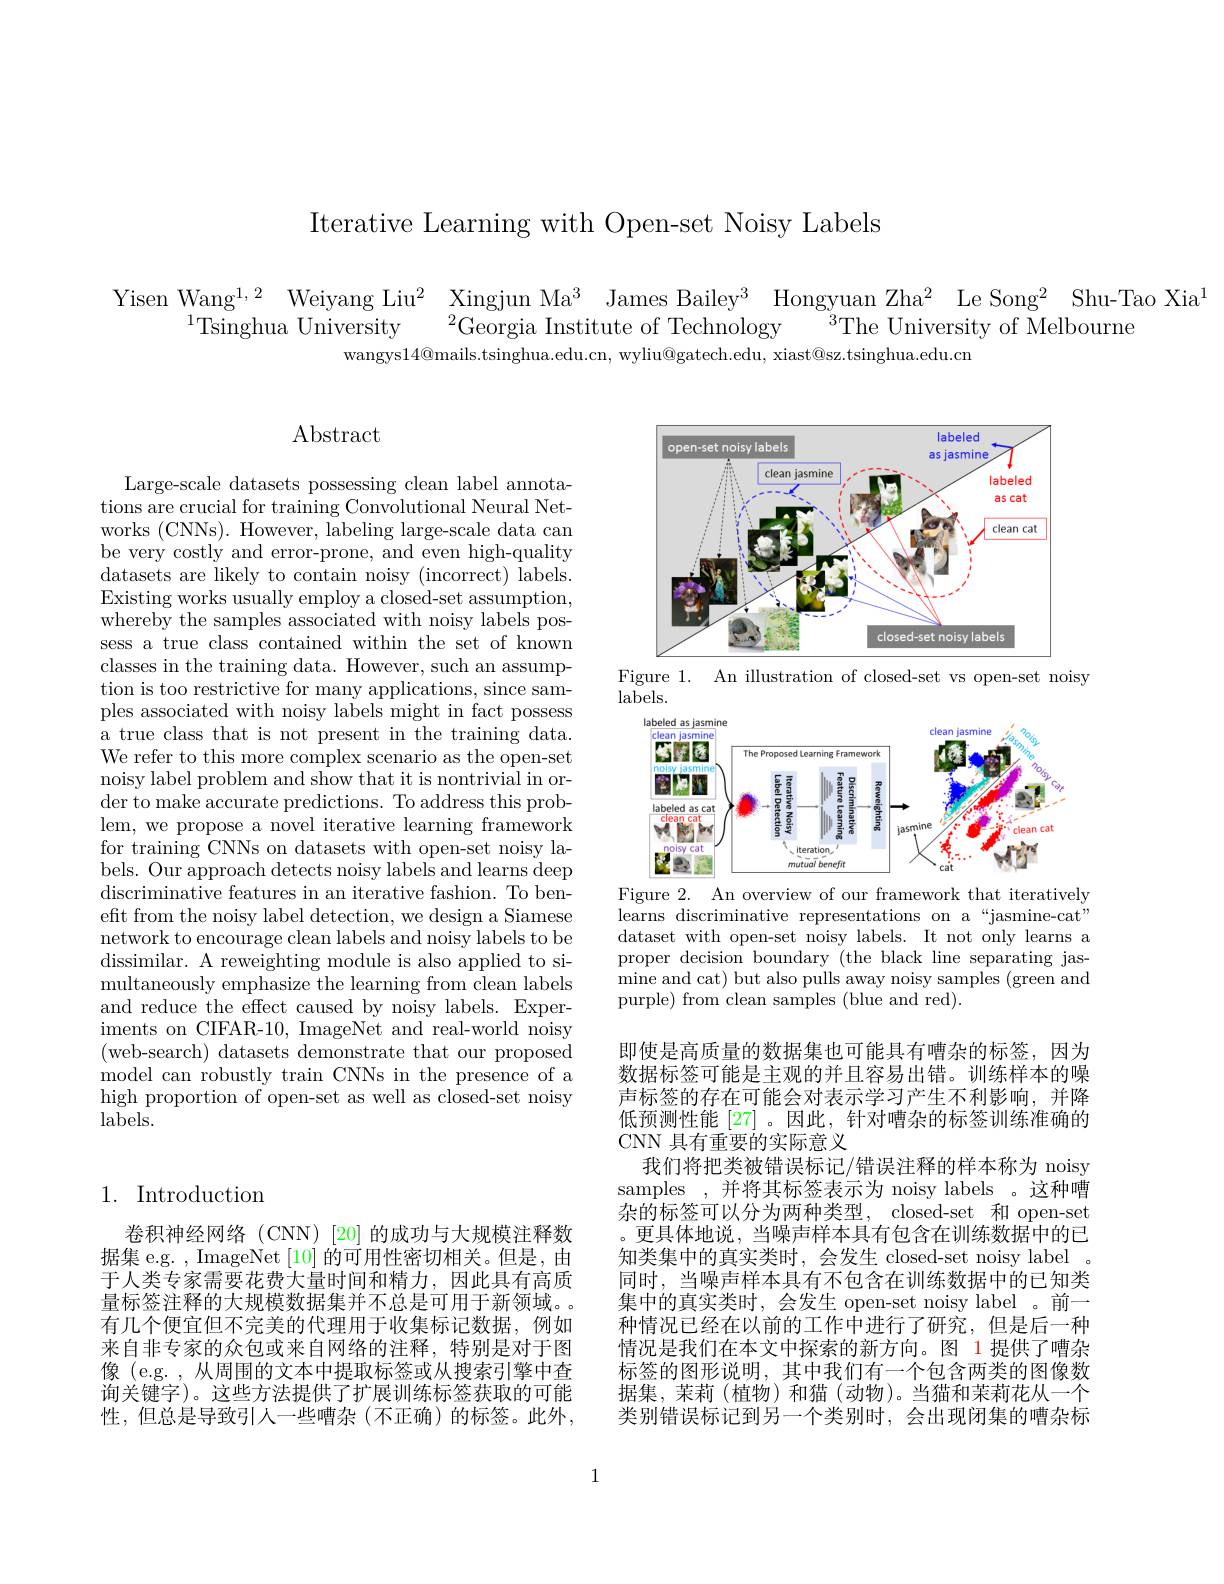
Iterative Learning with Open-set Noisy Labels

Yisen Wang$^1,2$ Weiyang Liu$^2$ Xingjun Ma$^3$ James Bailey$^3$ Hongyuan Zha$^2$ Le Song$^2$ Shu-Tao Xia$^1$
$^{3}$The University of Melbourne
$^{1}{\mathrm{Tsinghua~University}}$
${}^{2}$Georgia Institute of Technology
wangys$14@$mails.tsinghua.edu.cn, wyliu@gatech.edu, xiast@sz.tsinghua.edu.cn

## Abstract

<FigureHere>
Figure 1.
An illustration of closed-set vs open-set noisy

$labels.$

<FigureHere>
Figure 2. An overview of our framework that iteratively

Large-scale datasets possessing clean label annotations are crucial for training Convolutional Neural Networks (CNNs). However, labeling large-scale data can be very costly and error-prone, and even high-quality datasets are likely to contain noisy (incorrect) labels. Existing works usually employ a closed- set assumption, whereby the samples associated with noisy labels possess a true class contained within the set of known classes in the training data. However, such an assumption is too restrictive for many applications, since samples associated with noisy labels might in fact possess a true class that is not present in the training data. We refer to this more complex scenario as the open-set noisy label problem and show that it is nontrivial in order to make accurate predictions. To address this problem, we propose a novel iterative learning framework for training CNNs on datasets with open-set noisy labels. Our approach detects noisy labels and learns deep discriminative features in an iterative fashion. To benefit from the noisy label detection, we design a Siamese network to encourage clean labels and noisy labels to be dissimilar. A reweighting module is also applied to simultaneously emphasize the learning from clean labels and reduce the effect caused by noisy labels. Experiments on CIFAR-10, ImageNet and real-world noisy (web-search) datasets demonstrate that our proposed model can robustly train CNNs in the presence of a high proportion of open-set as well as closed-set noisy $labels.$

learns discriminative representations on a“jasmine-cat” dataset with open-set noisy labels. It not only learns a proper decision boundary (the black line separating jasmine and cat) but also pulls away noisy samples (green and purple) from clean samples (blue and red).

## 1. Introduction

即使是高质量的数据集也可能具有嘈杂的标签，因为数据标签可能是主观的并且容易出错。训练样本的噪声标签的存在可能会对表示学习产生不利影响，并降低预测性能 [27] 。因此，针对嘈杂的标签训练准确的CNN 具有重要的实际意义
我们将把类被错误标记/错误注释的样本称为 noisy samples ,并将其标签表示为 noisy labels 。这种嘈$\bar{\text{杂的标签可以分为两种类型，}}$closed-set 和 open-set 。更具体地说，当噪声样本具有包含在训练数据中的已知类集中的真实类时，会发生 closed-set noisy label 。同时，当噪声样本具有不包含在训练数据中的已知类集中的真实类时，会发生 open-set noisy label 。前一种情况已经在以前的工作中进行了研究，但是后一种情况是我们在本文中探索的新方向。图 1 提供了嘈杂标签的图形说明，其中我们有一个包含两类的图像数据集，茉莉(植物)和猫(动物)。当猫和茉莉花从一个类别错误标记到另一个类别时，会出现闭集的嘈杂标

卷积神经网络(CNN)[20]的成功与大规模注释数据集 e.g. , ImageNet [10]的可用性密切相关。但是，由于人类专家需要花费大量时间和精力，因此具有高质量标签注释的大规模数据集并不总是可用于新领域。有几个便宜但不完美的代理用于收集标记数据，例如来自非专家的众包或来自网络的注释，特别是对于图像 (e.g. , 从周围的文本中提取标签或从搜索引擎中查询关键字)。这些方法提供了扩展训练标签获取的可能性，但总是导致引人一些嘈杂(不正确)的标签。此外，

1